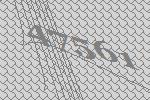
47561